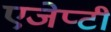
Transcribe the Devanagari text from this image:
एजेप्टी